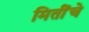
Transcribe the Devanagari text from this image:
मितींचे